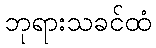
ဘုရားသခင်ထံ